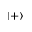
| + \rangle